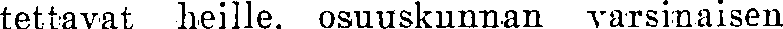
tettavat heille. osuuskunnan varsinaisen